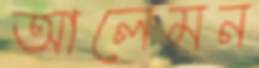
আলেমন